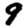
Digit: 9